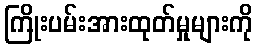
ကြိုးပမ်းအားထုတ်မှုများကို